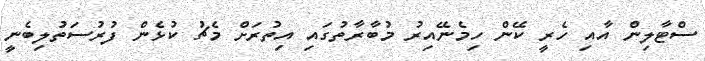
ސްޓާލިން އާއި ހެރީ ކޭން ހިމެނޭއިރު މުބާރާތުގައި އިތުރަށް މެޗު ކުޅެން ފުރުސަތުލިބެނީ